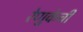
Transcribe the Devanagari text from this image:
रेणुकेची